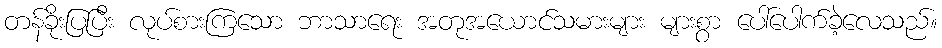
တန်ခိုးပြပြီး လုပ်စားကြသော ဘာသာရေး အတုအယောင်သမားများ များစွာ ပေါ်ပေါက်ခဲ့လေသည်။